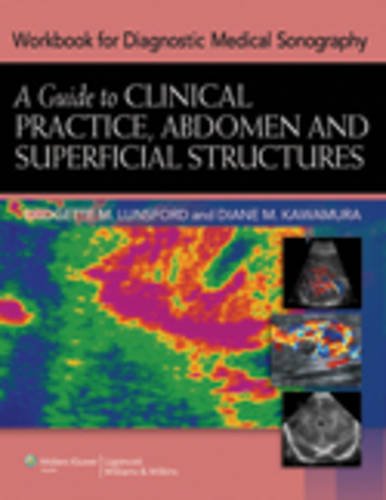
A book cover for Workbook for Diagnostic Medical Sonography: A Guide to Clinical Practice, Abdomen and Superficial Structures; Bridgette Lunsford; Medical Books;